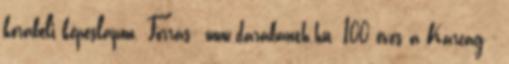
korabeli képeslapon. Forrás: www.darabanth.hu. 100 éves a Karcag -